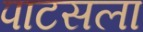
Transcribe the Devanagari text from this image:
पाटसला